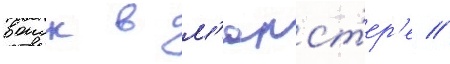
воиск в м'юнст'ер'е //